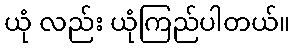
ယုံ လည်း ယုံကြည်ပါတယ်။